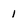
Character: l